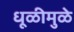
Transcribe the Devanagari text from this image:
धूळीमुळे